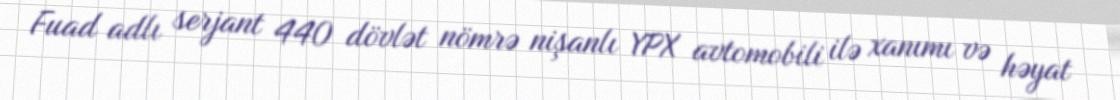
Fuad adlı serjant 440 dövlət nömrə nişanlı YPX avtomobili ilə xanımı və həyat